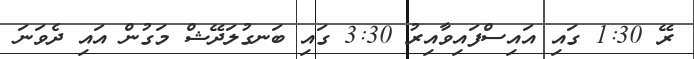
ރޭ 1:30 ގައި އައިސްފައިވާއިރު 3:30 ގައި ބަނގުލަދޭޝް މަގުން އައި ދެވަނަ